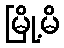
မြို့မိ